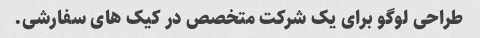
طراحی لوگو برای یک شرکت متخصص در کیک های سفارشی.